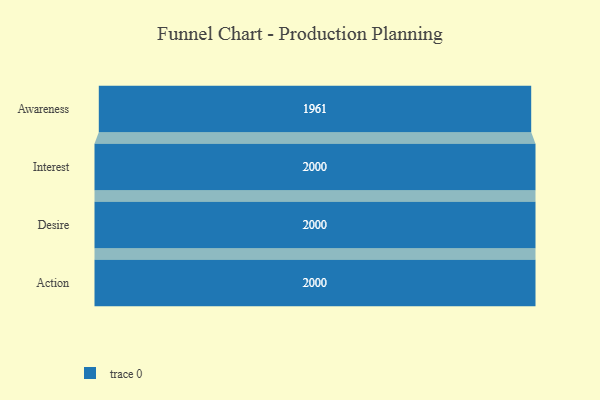
{"axis": {"x": "Stage", "y": "Value"}, "legend": [""], "data": [{"x": "Awareness", "y": 1961.0, "type": ""}, {"x": "Interest", "y": 2000, "type": ""}, {"x": "Desire", "y": 2000, "type": ""}, {"x": "Action", "y": 2000, "type": ""}]}